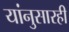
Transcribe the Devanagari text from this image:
यांनुसारही